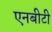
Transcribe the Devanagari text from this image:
एनबीटी